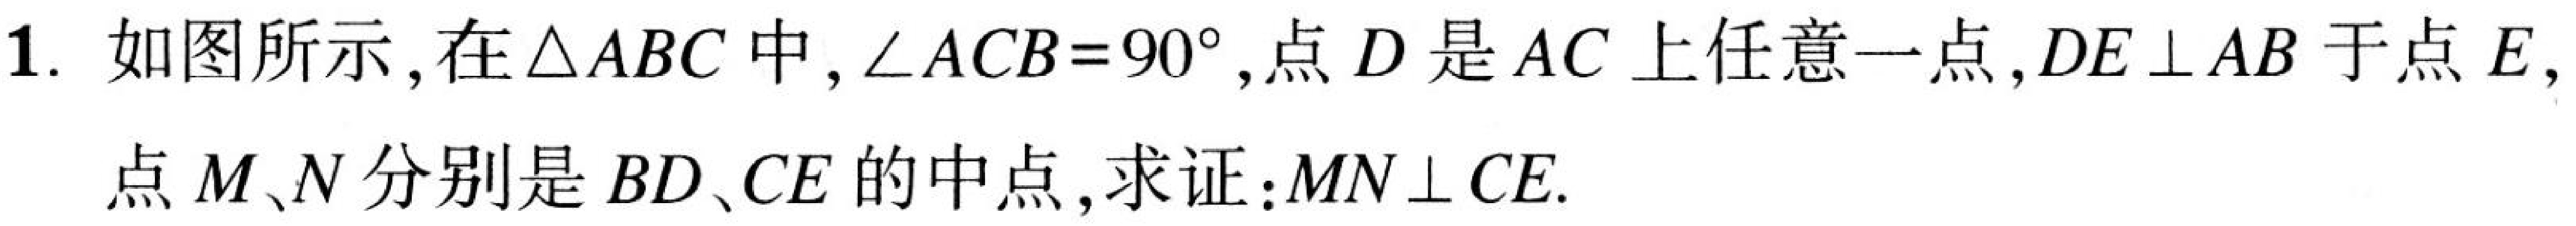
1. 如图所示，在\(\triangle ABC\)中，\(\angle ACB = 90^{\circ}\)，点\(D\)是\(AC\)上任意一点，\(DE\perp AB\)于点\(E\)，
点\(M、N\)分别是\(BD\)、\(CE\)的中点，求证：\(MN\perp CE\).